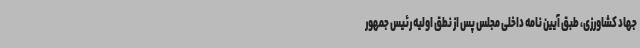
جهاد کشاورزی، طبق آیین نامه داخلی مجلس پس از نطق اولیه رئیس جمهور